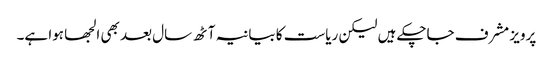
پرویز مشرف جاچکے ہیں لیکن ریاست کا بیانیہ آٹھ سال بعد بھی الجھا ہوا ہے۔